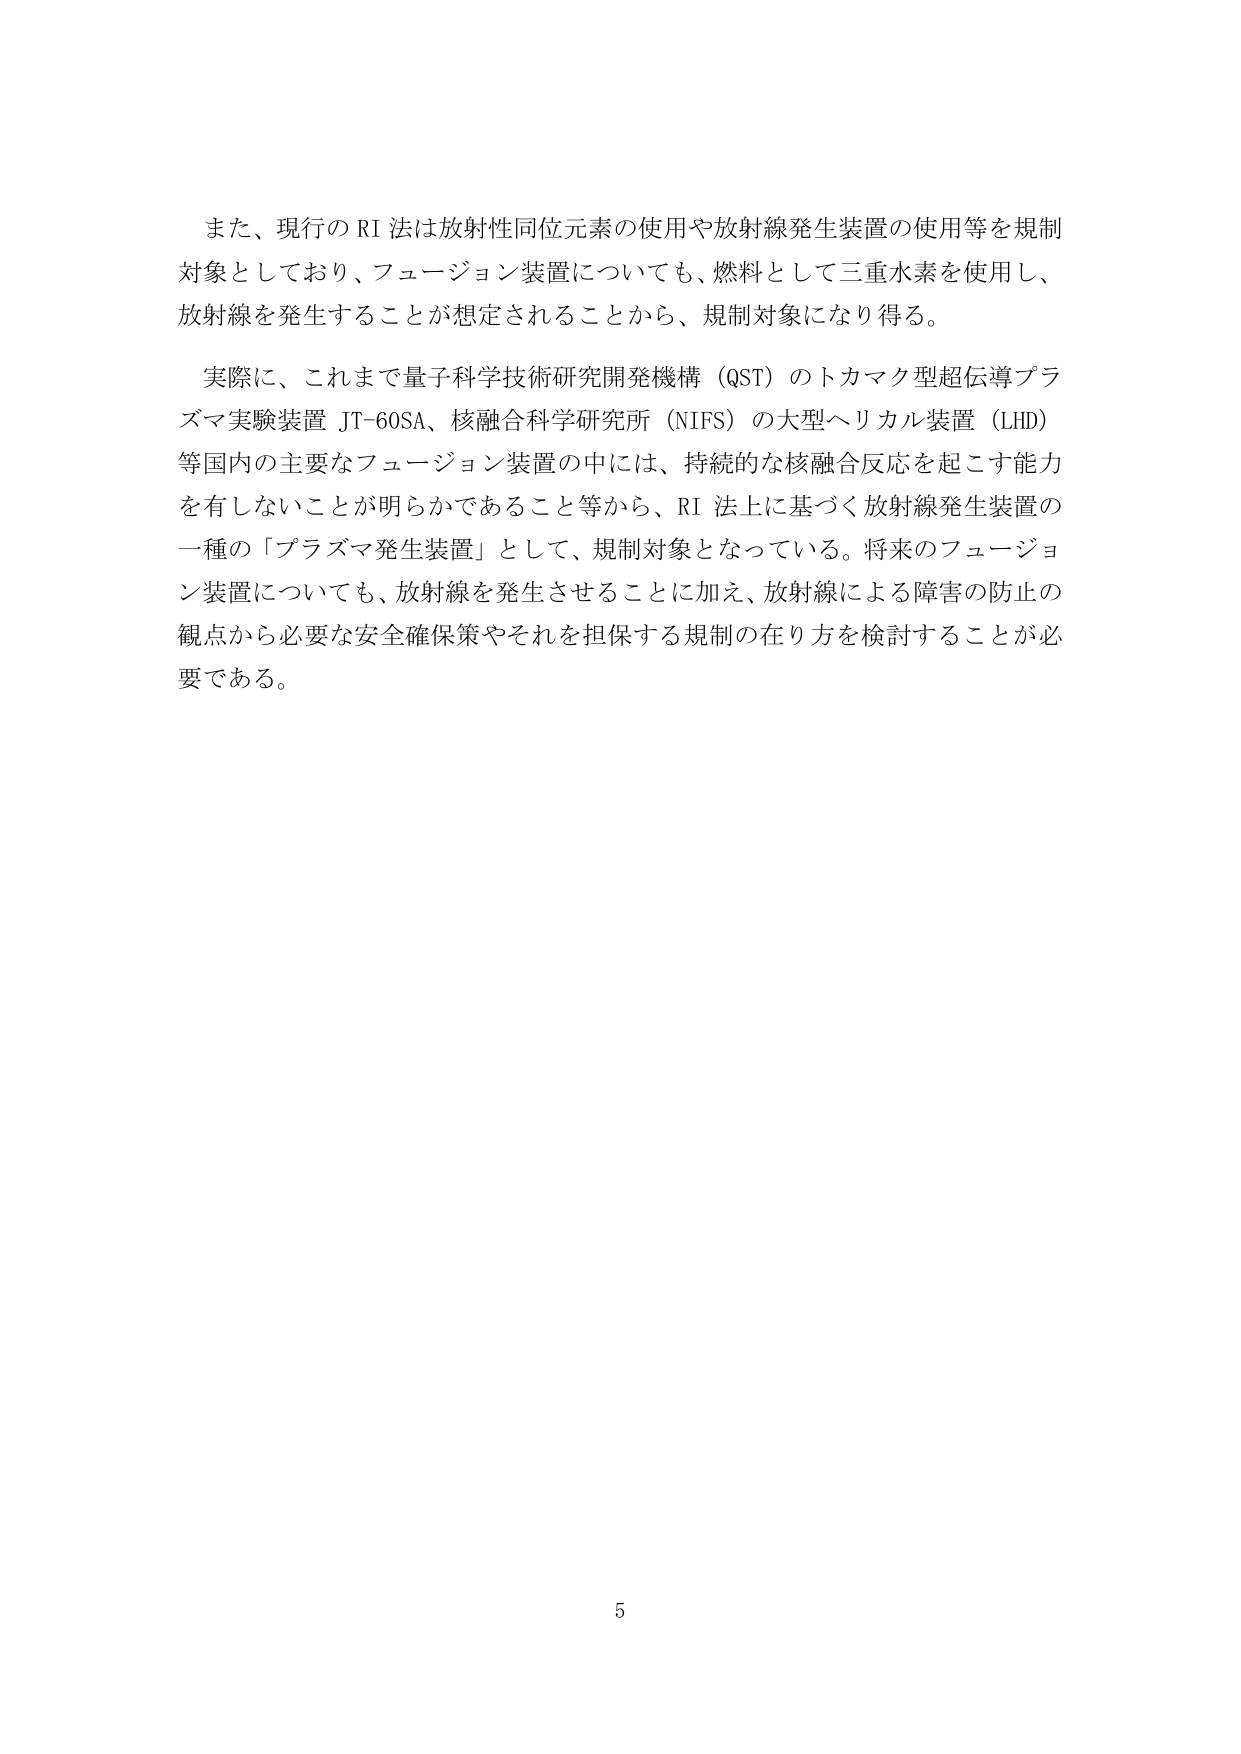
また、現行のRI法は放射性同位元素の使用や放射線発生装置の使用等を規制対象としており、フュージョン装置についても、燃料として三重水素を使用し、放射線を発生することが想定されることから、規制対象になり得る。

実際に、これまで量子科学技術研究開発機構（QST）のトカマク型超伝導プラズマ実験装置JT-60SA、核融合科学研究所（NIFS）の大型ヘリカル装置（LHD）等国内の主要なフュージョン装置の中には、持続的な核融合反応を起こす能力を有しないことが明らかであること等から、RI法上に基づく放射線発生装置の一種の「プラズマ発生装置」として、規制対象となっている。将来のフュージョン装置についても、放射線を発生させることに加え、放射線による障害の防止の観点から必要な安全確保策やそれを担保する規制の在り方を検討することが必要である。

5